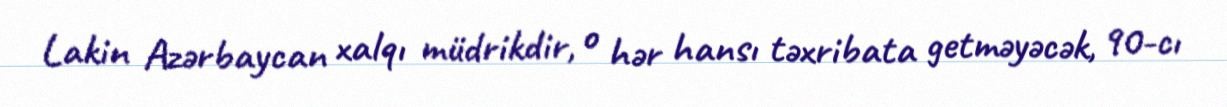
Lakin Azərbaycan xalqı müdrikdir, o hər hansı təxribata getməyəcək, 90-cı